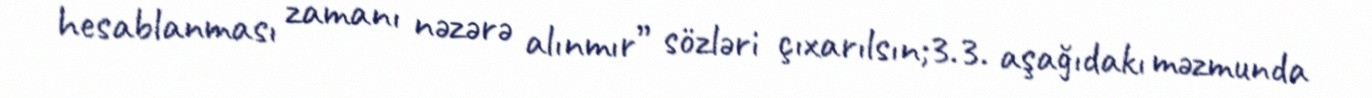
hesablanması zamanı nəzərə alınmır” sözləri çıxarılsın;3.3. aşağıdakı məzmunda